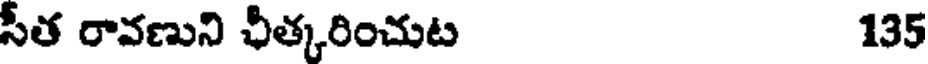
సీత రావణుని ఛీత్కరించుట 135